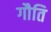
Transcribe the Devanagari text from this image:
गौति